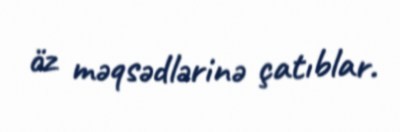
öz məqsədlərinə çatıblar.